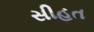
સીહત